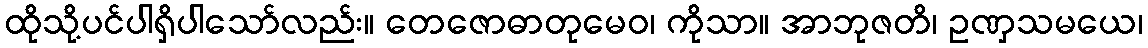
ထိုသို့ပင်ပါရှိပါသော်လည်း။ တေဇောဓာတုမေဝ၊ ကိုသာ။ အာဘုဇတိ၊ ဥဏှသမယေ၊